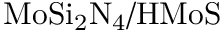
\mathrm { M o S i _ { 2 } N _ { 4 } / H M o S }